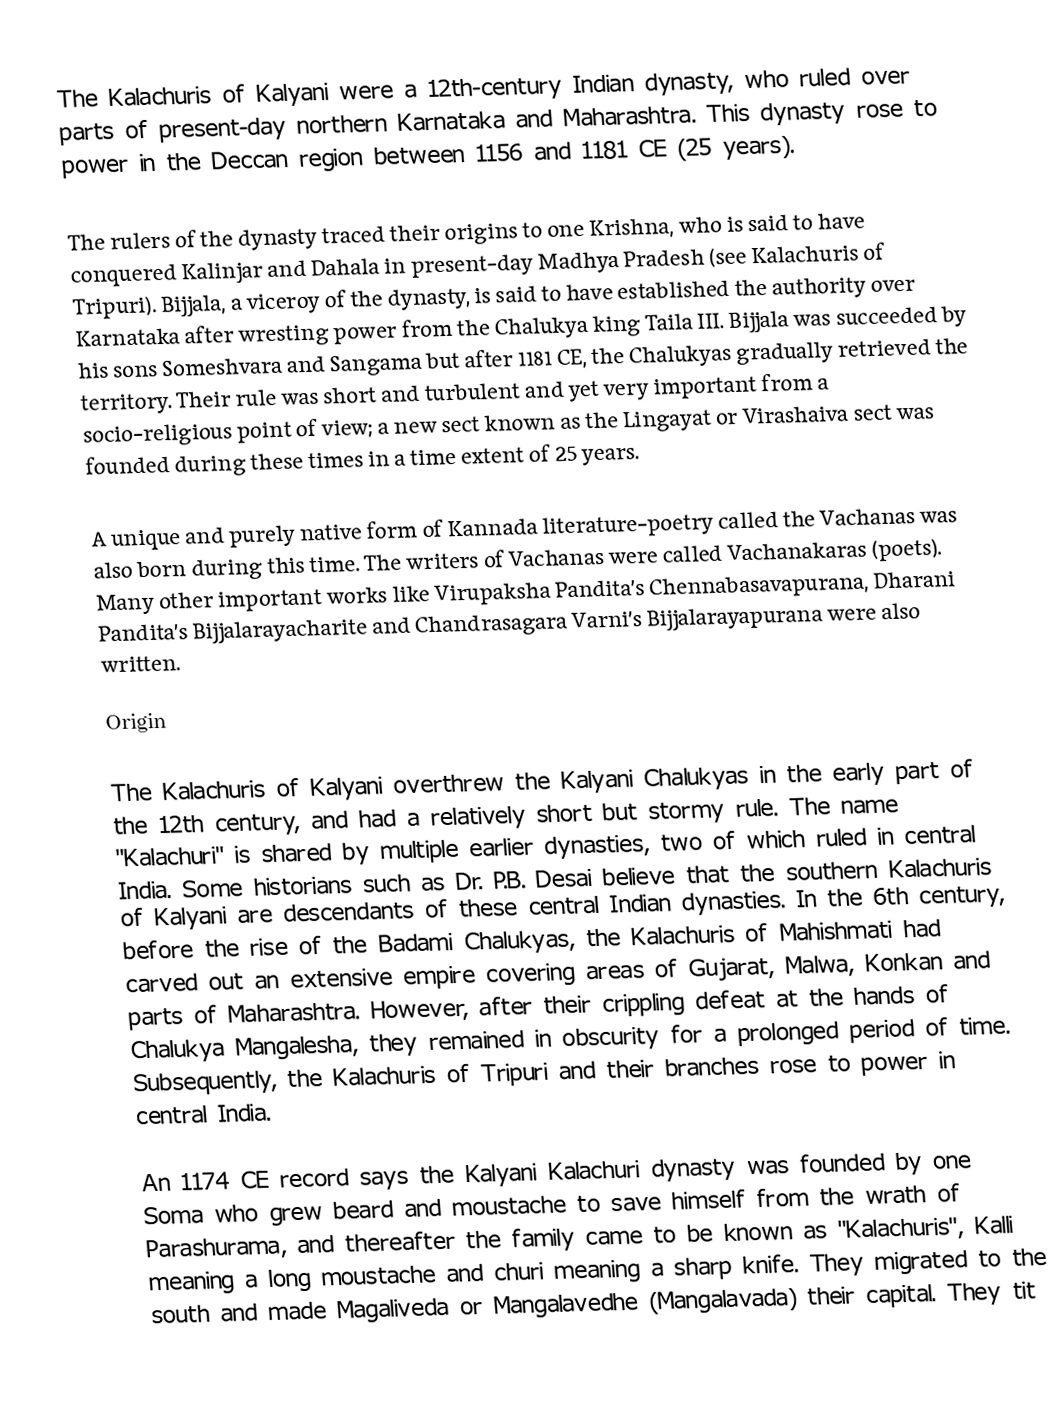
The Kalachuris of Kalyani were a 12th-century Indian dynasty, who ruled over parts of present-day northern Karnataka and Maharashtra. This dynasty rose to power in the Deccan region between 1156 and 1181 CE (25 years).

The rulers of the dynasty traced their origins to one Krishna, who is said to have conquered Kalinjar and Dahala in present-day Madhya Pradesh (see Kalachuris of Tripuri). Bijjala, a viceroy of the dynasty, is said to have established the authority over Karnataka after wresting power from the Chalukya king Taila III. Bijjala was succeeded by his sons Someshvara and Sangama but after 1181 CE, the Chalukyas gradually retrieved the territory. Their rule was short and turbulent and yet very important from a socio-religious point of view; a new sect known as the Lingayat or Virashaiva sect was founded during these times in a time extent of 25 years.

A unique and purely native form of Kannada literature-poetry called the Vachanas was also born during this time. The writers of Vachanas were called Vachanakaras (poets). Many other important works like Virupaksha Pandita's Chennabasavapurana, Dharani Pandita's Bijjalarayacharite and Chandrasagara Varni's Bijjalarayapurana were also written.

Origin

The Kalachuris of Kalyani overthrew the Kalyani Chalukyas in the early part of the 12th century, and had a relatively short but stormy rule. The name "Kalachuri" is shared by multiple earlier dynasties, two of which ruled in central India. Some historians such as Dr. P.B. Desai believe that the southern Kalachuris of Kalyani are descendants of these central Indian dynasties. In the 6th century, before the rise of the Badami Chalukyas, the Kalachuris of Mahishmati had carved out an extensive empire covering areas of Gujarat, Malwa, Konkan and parts of Maharashtra. However, after their crippling defeat at the hands of Chalukya Mangalesha, they remained in obscurity for a prolonged period of time. Subsequently, the Kalachuris of Tripuri and their branches rose to power in central India.

An 1174 CE record says the Kalyani Kalachuri dynasty was founded by one Soma who grew beard and moustache to save himself from the wrath of Parashurama, and thereafter the family came to be known as "Kalachuris", Kalli meaning a long moustache and churi meaning a sharp knife. They migrated to the south and made Magaliveda or Mangalavedhe (Mangalavada) their capital. They tit